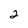
Character: 2